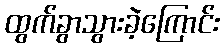
ထွက်ခွာသွားခဲ့ကြောင်း